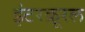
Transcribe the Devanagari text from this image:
इंटरक्रूरल